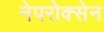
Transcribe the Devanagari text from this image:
नेपरोक्सेन